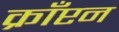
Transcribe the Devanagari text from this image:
क्राँप्टन